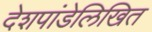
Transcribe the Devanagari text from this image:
देशपांडेलिखित